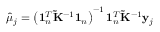
\hat { \mu } _ { j } = \left( \mathbf { 1 } _ { n } ^ { T } { \mathbf { \tilde { K } } } ^ { - 1 } \mathbf { 1 } _ { n } \right) ^ { - 1 } \mathbf { 1 } _ { n } ^ { T } { \mathbf { \tilde { K } } } ^ { - 1 } \mathbf y _ { j }